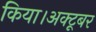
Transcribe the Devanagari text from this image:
किया।अक्टूबर